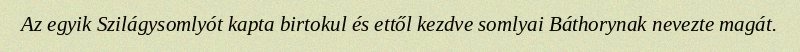
Az egyik Szilágysomlyót kapta birtokul és ettől kezdve somlyai Báthorynak nevezte magát.